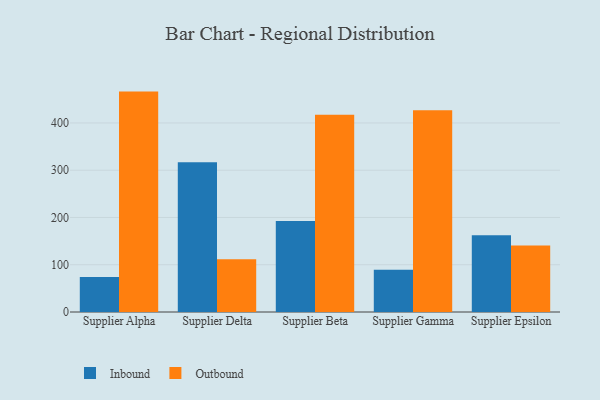
{"axis": {"x": "Supplier", "y": "Budget (USD K)"}, "legend": ["Inbound", "Outbound"], "data": [{"x": "Supplier Alpha", "y": 74.2, "type": "Inbound"}, {"x": "Supplier Alpha", "y": 466.3, "type": "Outbound"}, {"x": "Supplier Delta", "y": 316.8, "type": "Inbound"}, {"x": "Supplier Delta", "y": 111.5, "type": "Outbound"}, {"x": "Supplier Beta", "y": 192.6, "type": "Inbound"}, {"x": "Supplier Beta", "y": 417.1, "type": "Outbound"}, {"x": "Supplier Gamma", "y": 89.5, "type": "Inbound"}, {"x": "Supplier Gamma", "y": 427.0, "type": "Outbound"}, {"x": "Supplier Epsilon", "y": 162.4, "type": "Inbound"}, {"x": "Supplier Epsilon", "y": 140.9, "type": "Outbound"}]}